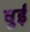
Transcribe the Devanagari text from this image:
वुई